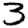
Digit: 3